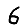
Digit: 6